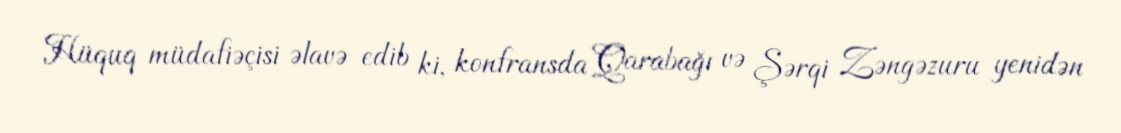
Hüquq müdafiəçisi əlavə edib ki, konfransda Qarabağı və Şərqi Zəngəzuru yenidən